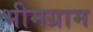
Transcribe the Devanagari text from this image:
भीमग्राम